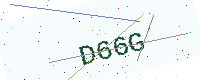
Text: D66G